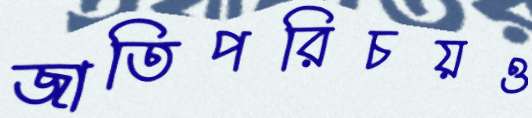
জাতিপরিচয়ও